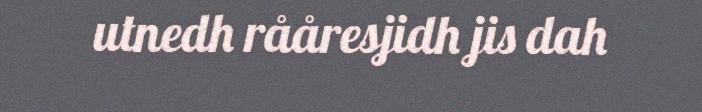
utnedh rååresjidh jis dah